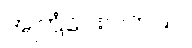
အကြံပေးပါတယ်။